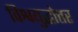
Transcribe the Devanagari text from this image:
विश्वयुद्धोत्तर